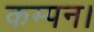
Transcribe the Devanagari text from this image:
कम्पन।